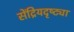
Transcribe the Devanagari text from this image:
सेंद्रियदृष्ट्या